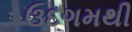
ઉદગમથી